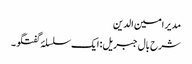
مدیر امین الدین
شرح بال جبریل: ایک سلسلۂ گفتگو ۔